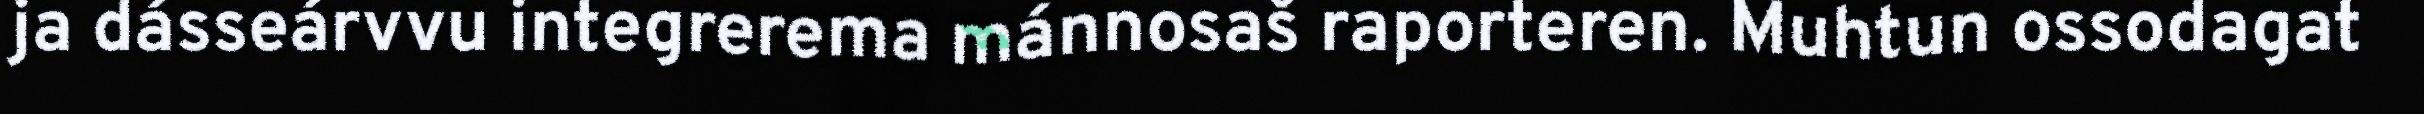
ja dásseárvvu integrerema mánnosaš raporteren. Muhtun ossodagat